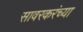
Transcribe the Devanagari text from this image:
सावरकरंच्या